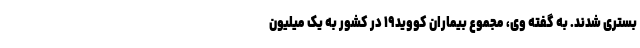
بستری شدند. به گفته وی، مجموع بیماران کووید۱۹ در کشور به یک میلیون